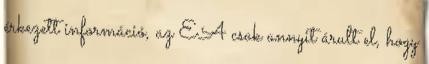
érkezett információ, az EA csak annyit árult el, hogy